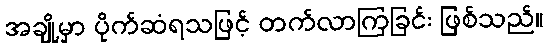
အချို့မှာ ပိုက်ဆံရသဖြင့် တက်လာကြခြင်း ဖြစ်သည်။